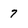
Character: 7